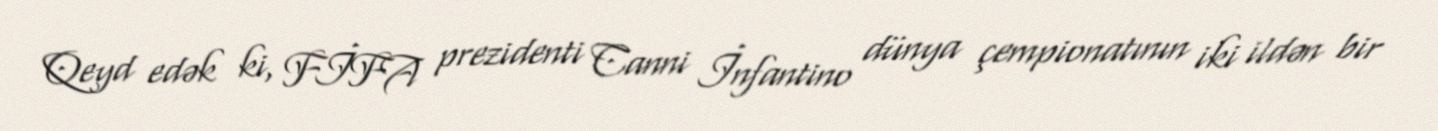
Qeyd edək ki, FİFA prezidenti Canni İnfantino dünya çempionatının iki ildən bir